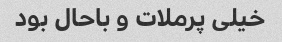
خیلی پرملات و باحال بود